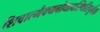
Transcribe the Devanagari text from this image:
शिवात्मैक्यबोधावस्थितिपूर्वक